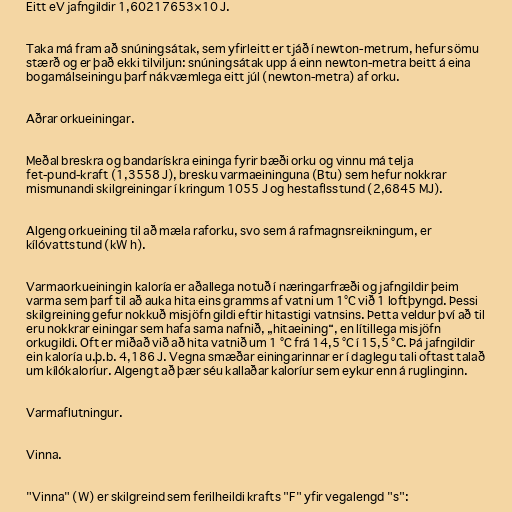
Eitt eV jafngildir 1,60217653×10 J.

Taka má fram að snúningsátak, sem yfirleitt er tjáð í newton-metrum, hefur sömu
stærð og er það ekki tilviljun: snúningsátak upp á einn newton-metra beitt á eina
bogamálseiningu þarf nákvæmlega eitt júl (newton-metra) af orku.

Aðrar orkueiningar.

Meðal breskra og bandarískra eininga fyrir bæði orku og vinnu má telja
fet-pund-kraft (1,3558 J), bresku varmaeininguna (Btu) sem hefur nokkrar
mismunandi skilgreiningar í kringum 1055 J og hestaflsstund (2,6845 MJ).

Algeng orkueining til að mæla raforku, svo sem á rafmagnsreikningum, er
kílóvattstund (kW h).

Varmaorkueiningin kaloría er aðallega notuð í næringarfræði og jafngildir þeim
varma sem þarf til að auka hita eins gramms af vatni um 1°C við 1 loftþyngd. Þessi
skilgreining gefur nokkuð misjöfn gildi eftir hitastigi vatnsins. Þetta veldur því að til
eru nokkrar einingar sem hafa sama nafnið, „hitaeining“, en lítillega misjöfn
orkugildi. Oft er miðað við að hita vatnið um 1 °C frá 14,5 °C í 15,5 °C. Þá jafngildir
ein kaloría u.þ.b. 4,186 J. Vegna smæðar einingarinnar er í daglegu tali oftast talað
um kílókaloríur. Algengt að þær séu kallaðar kaloríur sem eykur enn á ruglinginn.

Varmaflutningur.

Vinna.

"Vinna" (W) er skilgreind sem ferilheildi krafts "F" yfir vegalengd "s":